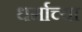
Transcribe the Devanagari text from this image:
धर्माच्‍या